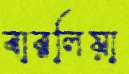
বারলিয়া